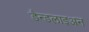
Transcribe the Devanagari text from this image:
डैन्डलाइअन